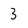
Character: 3